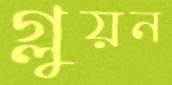
গ্লুয়ন